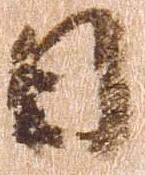
日